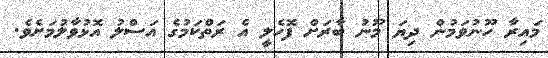
މައިރާ ހޫނުވަމުން ދިޔަ މޫނު ބާރަށް ފޮހެލީ އެ ރަތްކަމުގެ އަސްލު އޮޅުވާލުމަށެވެ.